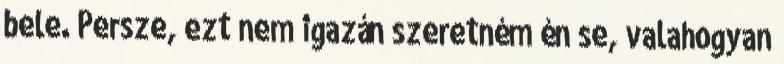
bele. Persze, ezt nem igazán szeretném én se, valahogyan